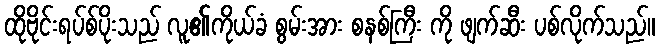
ထိုဗိုင်းရပ်စ်ပိုးသည် လူ၏ကိုယ်ခံ စွမ်းအား စနစ်ကြီး ကို ဖျက်ဆီး ပစ်လိုက်သည်။